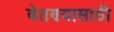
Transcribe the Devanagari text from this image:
बेतण्यासाठी